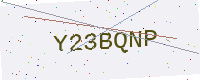
Text: Y23BQNP